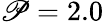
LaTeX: \mathscr{P}=2.0